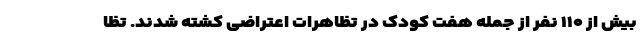
بیش از ۱۱۰ نفر از جمله هفت کودک در تظاهرات اعتراضی کشته شدند. تظا